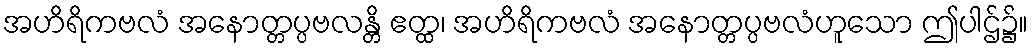
အဟိရိကဗလံ အနောတ္တပ္ပဗလန္တိ ဧတ္ထ၊ အဟိရိကဗလံ အနောတ္တပ္ပဗလံဟူသော ဤပါဌ်၌။